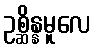
ဥစ္ဆိန္နမူလေ